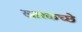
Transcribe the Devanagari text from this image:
खारकच्छे